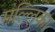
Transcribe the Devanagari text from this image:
मल्‍लिका